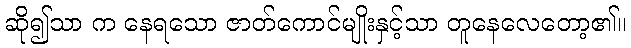
ဆို၍သာ က နေရသော ဇာတ်ကောင်မျိုးနှင့်သာ တူနေလေတော့၏။